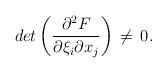
LaTeX: \begin{align*}det\left({\partial \sp2 F\over \partial \xi_i\partial x_j}\right)\,\ne\,0.\end{align*}